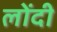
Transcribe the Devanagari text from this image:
लोंदी